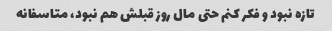
تازه نبود و فکر کنم حتی مال روز قبلش هم نبود، متاسفانه